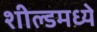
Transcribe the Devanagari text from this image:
शील्डमध्ये